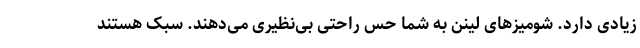
زیادی دارد. شومیزهای لینن به شما حس راحتی بی‌نظیری می‌دهند. سبک هستند